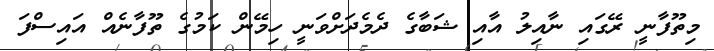
މިތޫފާނީ ރޭގައި ނާއިލު އާއި ޝަބާގެ ދެމެދަށްވަނީ ހިމޭން ކަމުގެ ތޫފާނެއް އައިސްފަ